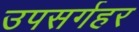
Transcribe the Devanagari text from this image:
उपसर्गहर